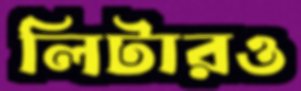
লিটারও